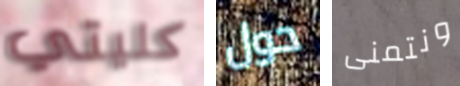
كليتي حول ونتمنى